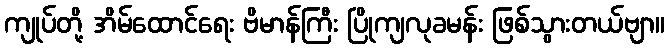
ကျုပ်တို့ အိမ်ထောင်ရေး ဗိမာန်ကြီး ပြိုကျလုခမန်း ဖြစ်သွားတယ်ဗျာ။